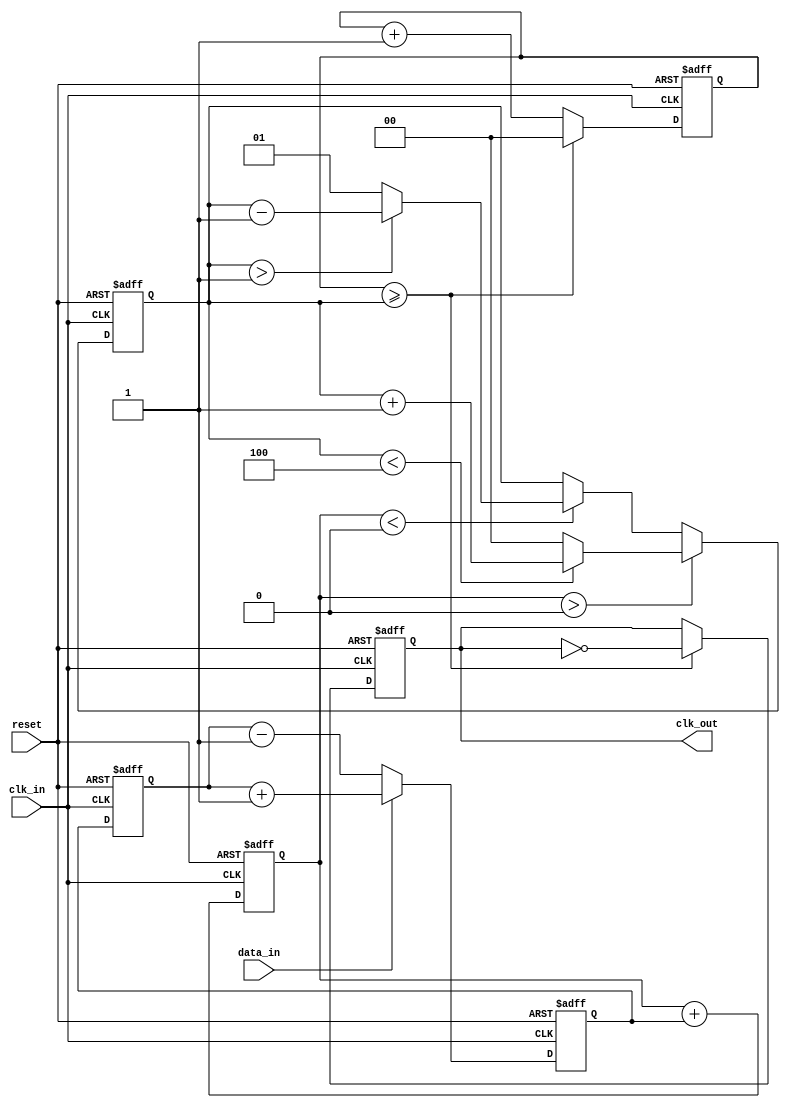
module ClockRecoveryPLL (
    input wire clk_in,          // Incoming data clock
    input wire data_in,         // Incoming data signal
    input wire reset,           // Asynchronous reset
    output reg clk_out          // Output clock signal
);

    // Parameters
    parameter PHASE_WIDTH = 4;  // Width of phase information
    parameter FILTER_WIDTH = 8;  // Width of loop filter output
    parameter VCO_MAX_FREQ = 4;  // Maximum frequency of VCO
    parameter VCO_MIN_FREQ = 1;  // Minimum frequency of VCO

    // Internal signals
    reg [PHASE_WIDTH-1:0] phase_error; // Phase error signal
    reg [FILTER_WIDTH-1:0] loop_filter; // Loop filter output
    reg [1:0] vco_freq;                // VCO frequency control
    reg [1:0] vco_counter;             // VCO counter for clock generation
    reg [PHASE_WIDTH-1:0] phase_memory; // Memory for phase information

    // Phase Detector
    always @(posedge clk_in or posedge reset) begin
        if (reset) begin
            phase_error <= 0;
        end else begin
            // Simple phase detection logic
            if (data_in) begin
                phase_error <= phase_memory + 1; // Increment phase memory
            end else begin
                phase_error <= phase_memory - 1; // Decrement phase memory
            end
        end
    end

    // Loop Filter (Simple Integrator)
    always @(posedge clk_in or posedge reset) begin
        if (reset) begin
            loop_filter <= 0;
        end else begin
            loop_filter <= loop_filter + phase_error; // Integrate phase error
        end
    end

    // Voltage-Controlled Oscillator (VCO)
    always @(posedge clk_in or posedge reset) begin
        if (reset) begin
            vco_freq <= VCO_MIN_FREQ; // Start at minimum frequency
            clk_out <= 0;
            vco_counter <= 0;
        end else begin
            // Adjust VCO frequency based on loop filter output
            if (loop_filter > 0) begin
                vco_freq <= (vco_freq < VCO_MAX_FREQ) ? vco_freq + 1 : VCO_MAX_FREQ;
            end else if (loop_filter < 0) begin
                vco_freq <= (vco_freq > VCO_MIN_FREQ) ? vco_freq - 1 : VCO_MIN_FREQ;
            end
            
            // Generate output clock based on VCO frequency
            vco_counter <= vco_counter + 1;
            if (vco_counter >= vco_freq) begin
                clk_out <= ~clk_out; // Toggle output clock
                vco_counter <= 0;     // Reset counter
            end
        end
    end

    // Memory Block (for phase information)
    always @(posedge clk_in or posedge reset) begin
        if (reset) begin
            phase_memory <= 0;
        end else begin
            phase_memory <= phase_error; // Store phase error for next cycle
        end
    end

endmodule